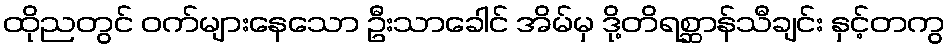
ထိုညတွင် ဝက်များနေသော ဦးသာခေါင် အိမ်မှ ဒို့တိရစ္ဆာန်သီချင်း နှင့်တကွ